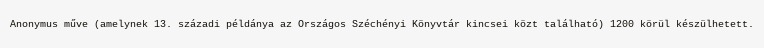
Anonymus műve (amelynek 13. századi példánya az Országos Széchényi Könyvtár kincsei közt található) 1200 körül készülhetett.